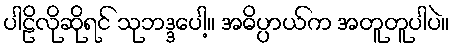
ပါဠိလိုဆိုရင် သုဘဒ္ဒပေါ့။ အဓိပ္ပာယ်က အတူတူပါပဲ။